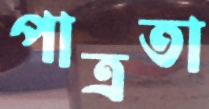
পাত্রতা